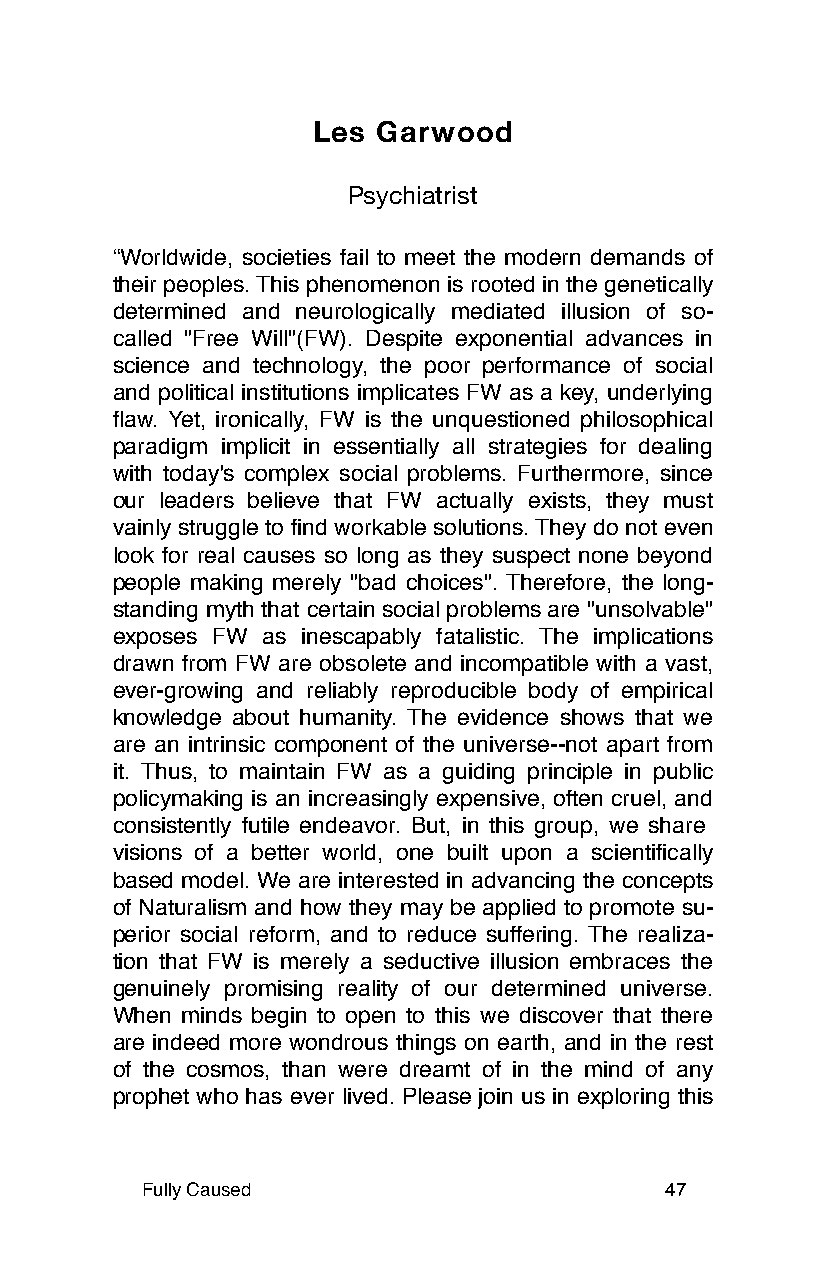
Les Garwood
 Psychiatrist
 “Worldwide, societies fail to meet the modern demands of
 their peoples. This phenomenon is rooted in the genetically
 determined and neurologically mediated illusion of so-
 called "Free Will"(FW). Despite exponential advances in
 science and technology, the poor performance of social
 and political institutions implicates FW as a key, underlying
 flaw. Yet, ironically, FW is the unquestioned philosophical
 paradigm implicit in essentially all strategies for dealing
 with today's complex social problems. Furthermore, since
 our leaders believe that FW actually exists, they must
 vainly struggle to find workable solutions. They do not even
 look for real causes so long as they suspect none beyond
 people making merely "bad choices". Therefore, the long-
 standing myth that certain social problems are "unsolvable"
 exposes FW as inescapably fatalistic. The implications
 drawn from FW are obsolete and incompatible with a vast,
 ever-growing and reliably reproducible body of empirical
 knowledge about humanity. The evidence shows that we
 are an intrinsic component of the universe--not apart from
 it. Thus, to maintain FW as a guiding principle in public
 policymaking is an increasingly expensive, often cruel, and
 consistently futile endeavor. But, in this group, we share
 visions of a better world, one built upon a scientifically
 based model. We are interested in advancing the concepts
 of Naturalism and how they may be applied to promote su-
 perior social reform, and to reduce suffering. The realiza-
 tion that FW is merely a seductive illusion embraces the
 genuinely promising reality of our determined universe.
 When minds begin to open to this we discover that there
 are indeed more wondrous things on earth, and in the rest
 of the cosmos, than were dreamt of in the mind of any
 prophet who has ever lived. Please join us in exploring this
 Fully Caused                       47